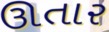
ઊતાર